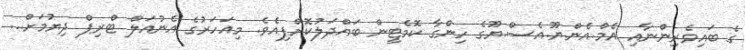
ގެ ބައިވެރިންނާއި އެމް.އެން.ޔޫ.އެސް.ޔޫގެ ހިންގާ ކޮމެޓީން ބައްދަލުކޮށްފިއެވެ. މިއަހަރުގެ އެނުއަލް ޓްރިޕް ދިޔުމަށް...